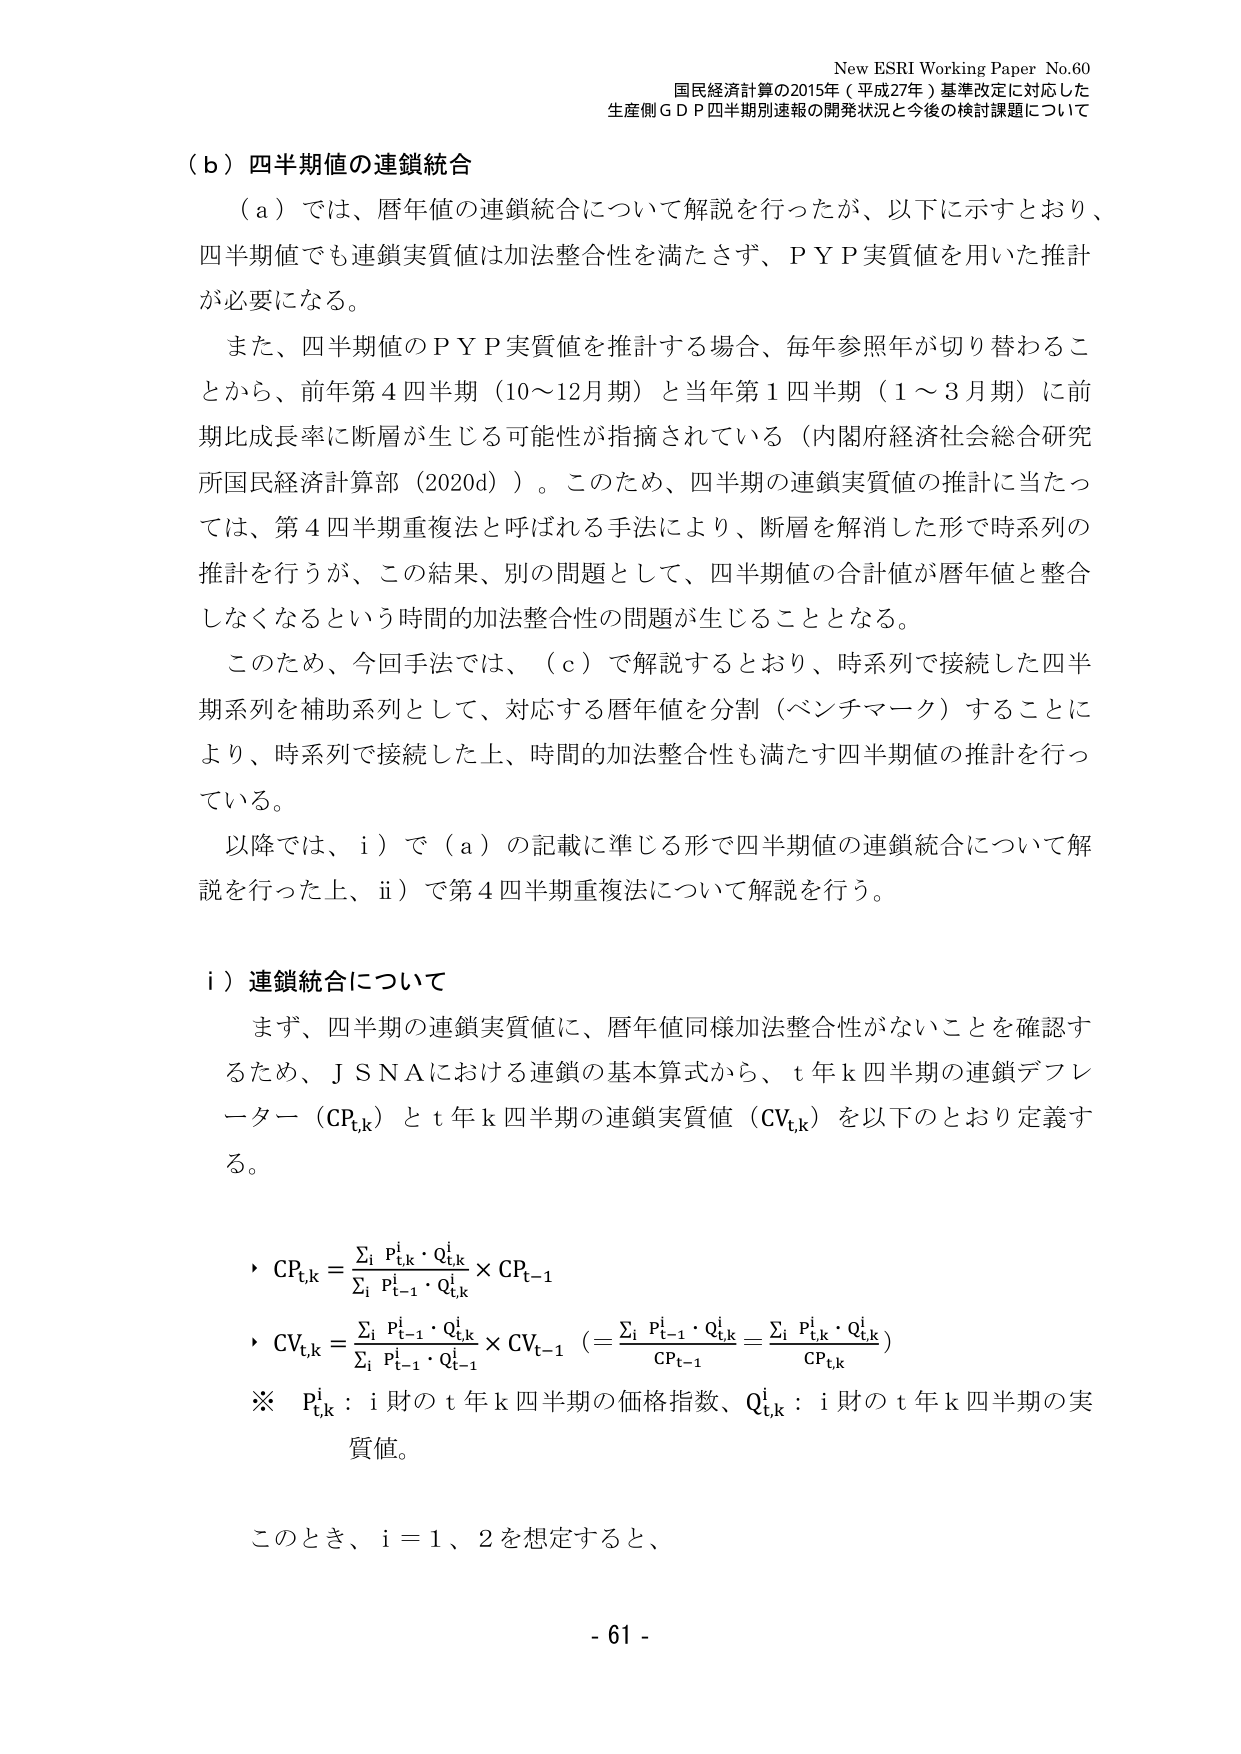
New ESRI Working Paper No.60
国民経済計算の2015年（平成27年）基準改定に対応した
生産側ＧＤＰ四半期別速報の開発状況と今後の検討課題について

（ｂ）四半期値の連鎖統合

（ａ）では、暦年値の連鎖統合について解説を行ったが、以下に示すとおり、
四半期値でも連鎖実質値は加法整合性を満たさず、ＰＹＰ実質値を用いた推計
が必要になる。

また、四半期値のＰＹＰ実質値を推計する場合、毎年参照年が切り替わるこ
とから、前年第４四半期（10～12月期）と当年第１四半期（１～３月期）に前
期比成長率に断層が生じる可能性が指摘されている（内閣府経済社会総合研究
所国民経済計算部（2020d））。このため、四半期の連鎖実質値の推計に当たっ
ては、第４四半期重複法と呼ばれる手法により、断層を解消した形で時系列の
推計を行うが、この結果、別の問題として、四半期値の合計値が暦年値と整合
しなくなるという時間的加法整合性の問題が生じることとなる。

このため、今回手法では、（ｃ）で解説するとおり、時系列で接続した四半
期系列を補助系列として、対応する暦年値を分割（ベンチマーク）することに
より、時系列で接続した上、時間的加法整合性も満たす四半期値の推計を行っ
ている。

以降では、ⅰ）で（ａ）の記載に準じる形で四半期値の連鎖統合について解
説を行った上、ⅱ）で第４四半期重複法について解説を行う。

ⅰ）連鎖統合について

まず、四半期の連鎖実質値に、暦年値同様加法整合性がないことを確認す
るため、ＪＳＮＡにおける連鎖の基本式から、ｔ年ｋ四半期の連鎖デフレ
ーター（ＣＰ<sub>t,k</sub>）とｔ年ｋ四半期の連鎖実質値（ＣＶ<sub>t,k</sub>）を以下のとおり定義す
る。

・ＣＰ<sub>t,k</sub> = Σ<sub>i</sub> Ｐ<sub>t,k</sub><sup>i</sup>・Ｑ<sub>t,k</sub><sup>i</sup> / Σ<sub>i</sub> Ｐ<sub>t-1</sub><sup>i</sup>・Ｑ<sub>t-1</sub><sup>i</sup> × ＣＰ<sub>t-1</sub>

・ＣＶ<sub>t,k</sub> = Σ<sub>i</sub> Ｐ<sub>t-1</sub><sup>i</sup>・Ｑ<sub>t,k</sub><sup>i</sup> / Σ<sub>i</sub> Ｐ<sub>t-1</sub><sup>i</sup>・Ｑ<sub>t-1</sub><sup>i</sup> × ＣＶ<sub>t-1</sub> （= Σ<sub>i</sub> Ｐ<sub>t-1</sub><sup>i</sup>・Ｑ<sub>t,k</sub><sup>i</sup> / ＣＰ<sub>t-1</sub> = Σ<sub>i</sub> Ｐ<sub>t,k</sub><sup>i</sup>・Ｑ<sub>t,k</sub><sup>i</sup> / ＣＰ<sub>t,k</sub>）

※ Ｐ<sub>t,k</sub><sup>i</sup>：ｉ財のｔ年ｋ四半期の価格指数、Ｑ<sub>t,k</sub><sup>i</sup>：ｉ財のｔ年ｋ四半期の実
質値。

このとき、ｉ＝１、２を想定すると、

- 61 -